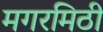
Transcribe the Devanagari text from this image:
मगरमिठी